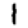
Digit: 1